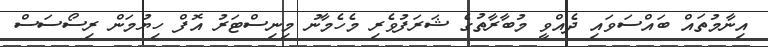
އިނާމުތައް ބައްސަވައި ދެއްވީ މުބާރާތުގެ ޝަރަފުވެރި މެހެމާނު މިނިސްޓަރު އޮފް ހިޔުމަން ރިސޯސަސް